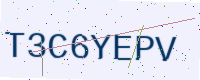
Text: T3C6YEPV